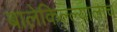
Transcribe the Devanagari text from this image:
बालेकिल्ल्यालाच